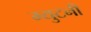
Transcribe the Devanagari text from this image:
म्युटनी